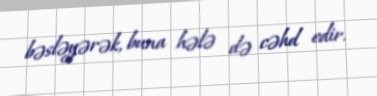
bəsləyərək, buna hələ də cəhd edir.